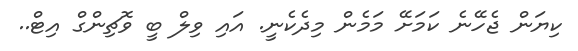
ކިޔަން ޖެހޭނެ ކަމަށޭ މަމެން މިދެކެނީ. އައި ވިލް ބީ ވޮޗިންގް އިޓް..